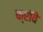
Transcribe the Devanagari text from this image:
क्रॉवे